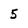
Character: 5